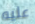
عليه